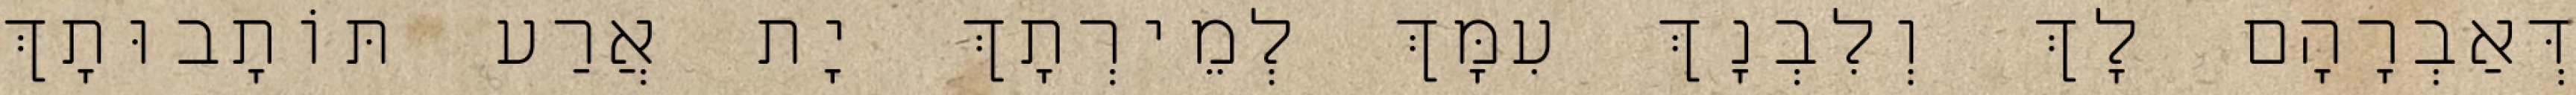
דְּאַבְרָהָם לָךְ וְלִבְנָךְ עִמָּךְ לְמֵירְתָךְ יָת אֲרַע תּוֹתָבוּתָךְ